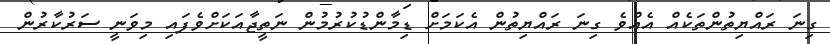
ގިނަ ރައްޔިތުންތަކެއް އެއްވެ ގިނަ ރައްޔިތުން އެކަމަށް ޑިމާންޑުކުރުމުން ނަތީޖާއަކަށްވެފައި މިވަނީ ސަރުކާރުން